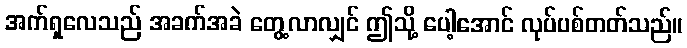
အက်ရှလေသည် အခက်အခဲ တွေ့လာလျှင် ဤသို့ ပေါ့အောင် လုပ်ပစ်တတ်သည်။